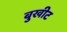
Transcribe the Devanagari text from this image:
बुखीट